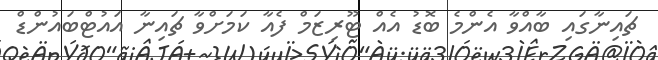
ޗައިނާގައި ބާއްވާ އެންމެ ބޮޑު އެއް ޓޫރިޒަމް ފެއާ ކަމަށްވާ ޗައިނާ އައުޓްބައުންޑް